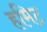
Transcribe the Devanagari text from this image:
हमिट